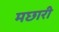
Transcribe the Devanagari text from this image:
मछारी